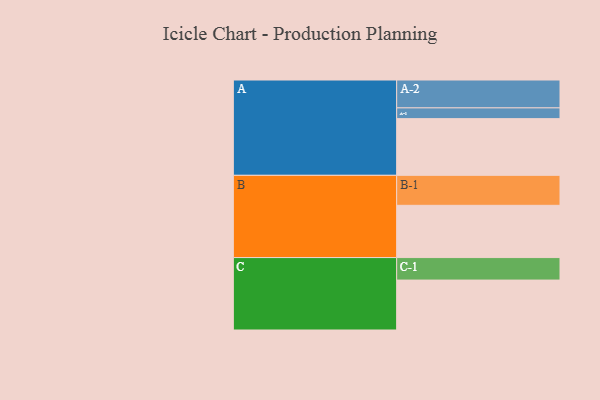
{"axis": {"x": "Segment", "y": "Value"}, "legend": ["", "A", "B", "C"], "data": [{"x": "A", "y": 537, "type": ""}, {"x": "B", "y": 495, "type": ""}, {"x": "C", "y": 473, "type": ""}, {"x": "A-1", "y": 102, "type": "A"}, {"x": "A-2", "y": 264, "type": "A"}, {"x": "B-1", "y": 284, "type": "B"}, {"x": "C-1", "y": 213, "type": "C"}]}